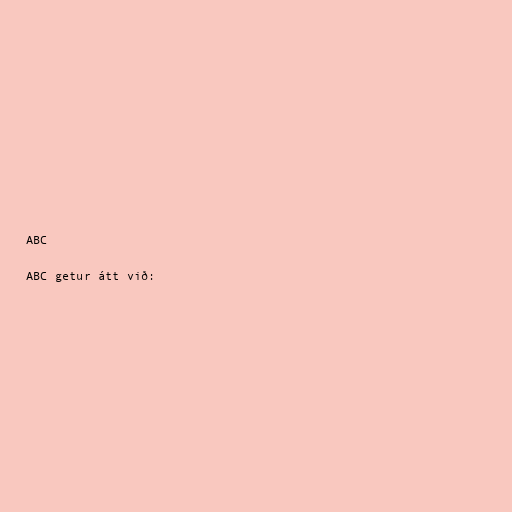
ABC

ABC getur átt við: